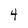
Character: 4